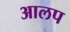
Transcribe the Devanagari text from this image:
आलप